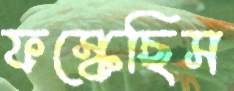
ফস্‌কেছিস